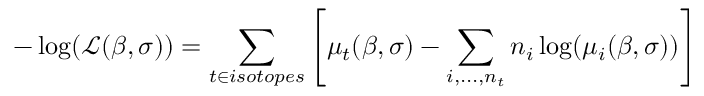
- \log ( \mathcal { L } ( \beta , \sigma ) ) = \sum _ { t \in i s o t o p e s } \left[ \mu _ { t } ( \beta , \sigma ) - \sum _ { i , . . . , n _ { t } } n _ { i } \log ( \mu _ { i } ( \beta , \sigma ) ) \right]